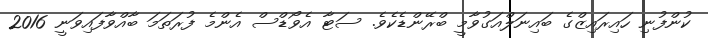
ކުންފުނި ހައިރައިޒްގެ ބައިނަލްއަގުވާމީ ބްރޭންޑެކެވެ. ސަޓާ އެވޯޑްސް އެންމެ ފުރަތަމަ ބާއްވާފައިވަނީ 2016